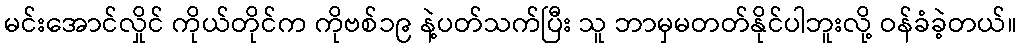
မင်းအောင်လှိုင် ကိုယ်တိုင်က ကိုဗစ်၁၉ နဲ့ပတ်သက်ပြီး သူ ဘာမှမတတ်နိုင်ပါဘူးလို့ ဝန်ခံခဲ့တယ်။